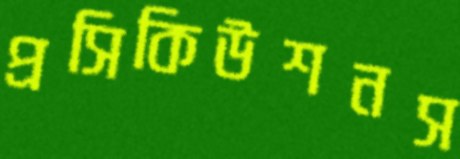
প্রসিকিউশনস